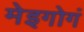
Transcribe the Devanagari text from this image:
मेइगोगं